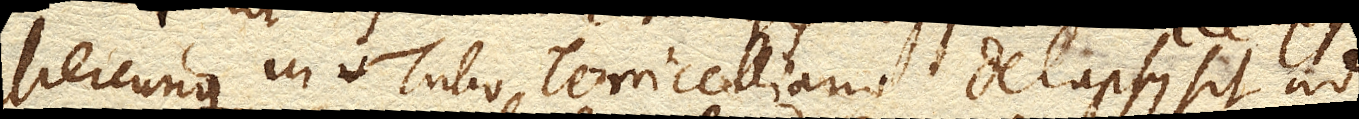
Mercurius in Tubo Torricelliano delapsus sit ad